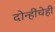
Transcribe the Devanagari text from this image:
दोन्हींचेही